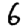
Digit: 6